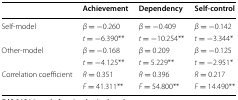
<table><thead><tr><td></td><td><b>Achievement</b></td><td><b>Dependency</b></td><td><b>Self-control</b></td></tr></thead><tbody><tr><td rowspan="2">Self-model</td><td><i>β</i> = −0.260</td><td><i>β</i> = −0.409</td><td><i>β</i> = −0.142</td></tr><tr><td><i>t</i> = −6.390**</td><td><i>t</i> = −10.254**</td><td><i>t</i> = −3.344*</td></tr><tr><td rowspan="2">Other-model</td><td><i>β</i> = −0.168</td><td><i>β</i> = 0.209</td><td><i>β</i> = −0.125</td></tr><tr><td><i>t</i> = −4.125**</td><td><i>t</i> = 5.229**</td><td><i>t</i> = −2.951*</td></tr><tr><td rowspan="2">Correlation coefficient</td><td><i>R</i> = 0.351</td><td><i>R</i> = 0.396</td><td><i>R</i> = 0.217</td></tr><tr><td><i>F</i> = 41.311**</td><td><i>F</i> = 54.800**</td><td><i>F</i> = 14.490**</td></tr></tbody></table>